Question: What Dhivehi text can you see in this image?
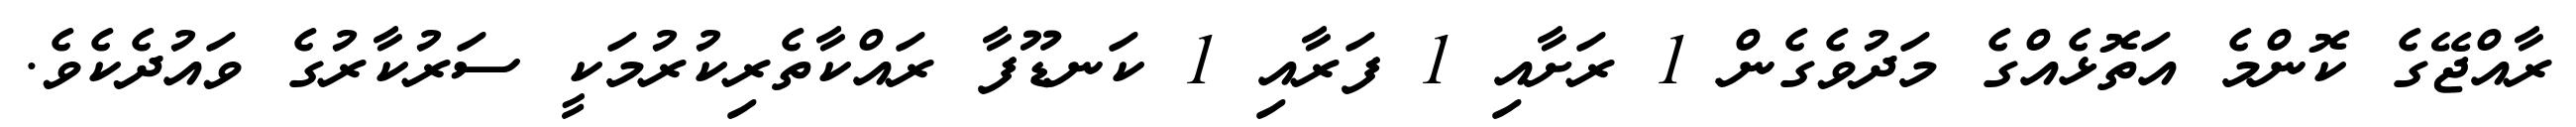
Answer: ރާއްޖޭގެ ކޮންމެ އަތޮޅެއްގެ މަދުވެގެން 1 ރަށާއި 1 ފަރާއި 1 ކަނޑޫފާ ރައްކާތެރިކުރުމަކީ ސަރުކާރުގެ ވައުދެކެވެ.